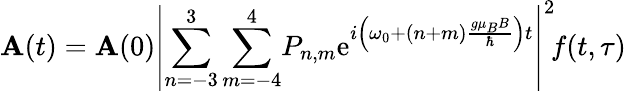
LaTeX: \mathbf{A}(t)=\mathbf{A}(0)\left\vert\sum_{n=-3}^{3}\sum_{m=-4}^{4}\! P_{n,m}\mathrm{{e}}^{i\left(\omega_{0}+(n+m)\frac{{g\mu_{B}B}}{{\hbar}}\right)t}\right\vert^{2}\! f(t,\tau)